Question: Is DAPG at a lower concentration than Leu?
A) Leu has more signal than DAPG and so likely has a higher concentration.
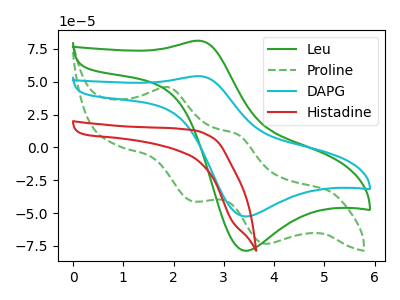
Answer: <think>The green curve "Leu" has an anodic peak at (2.50V, 81.15uA) and a cathodic peak at (3.40V, -78.55uA). The green dashed curve "Proline" has anodic peaks at (1.90V, 45.60uA) (3.25V, 9.90uA) and cathodic peaks at (2.35V, -40.80uA) (3.85V, -73.30uA). The cyan curve "DAPG" has an anodic peak at (2.50V, 54.20uA) and a cathodic peak at (3.40V, -52.45uA). The red curve "Histadine" has no peaks.
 All the peaks in "Leu" have a peak in "DAPG" at the same potential. Every peak in "Leu" is higher than every peak in "DAPG".</think>
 <answer>A) "Leu" has more signal than "DAPG" and so likely has a higher concentration.</answer>
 <eval>A</eval>